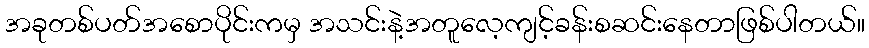
အခုတစ်ပတ်အစောပိုင်းကမှ အသင်းနဲ့အတူလေ့ကျင့်ခန်းစဆင်းနေတာဖြစ်ပါတယ်။